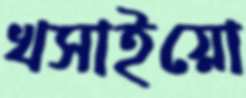
খসাইয়ো